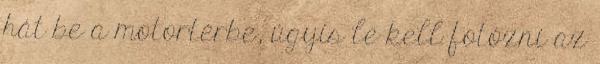
hát be a motortérbe, úgyis le kell fotózni az